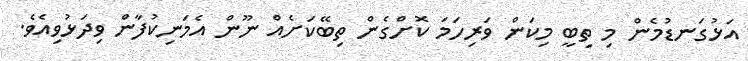
އަޅުގަނޑުމެން މި ތިބީ މިކަން ވަރިހަމަ ކޮށްގެން ތިބޭކަށެއް ނޫން އެމަނިކުފާން ވިދަޅުވިއެވެ.